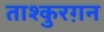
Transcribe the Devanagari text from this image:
ताश्कुरग़न